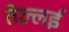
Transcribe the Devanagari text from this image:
तेल्लई